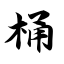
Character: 桶